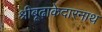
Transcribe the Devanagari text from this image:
श्रीबूढ़ाकेदारनाथ